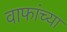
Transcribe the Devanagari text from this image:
वाफांच्या